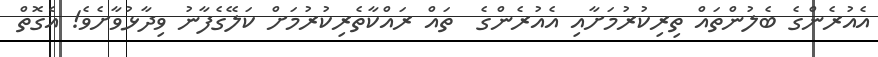
އެއުރެންގެ ބެލުންތައް ތިރިކުރުމަށާއި އެއުރެންގެ  ތައް ރައްކާތެރިކުރުމަށް ކަލޭގެފާނު ވިދާޅުވާށެވެ! އެގޮތް